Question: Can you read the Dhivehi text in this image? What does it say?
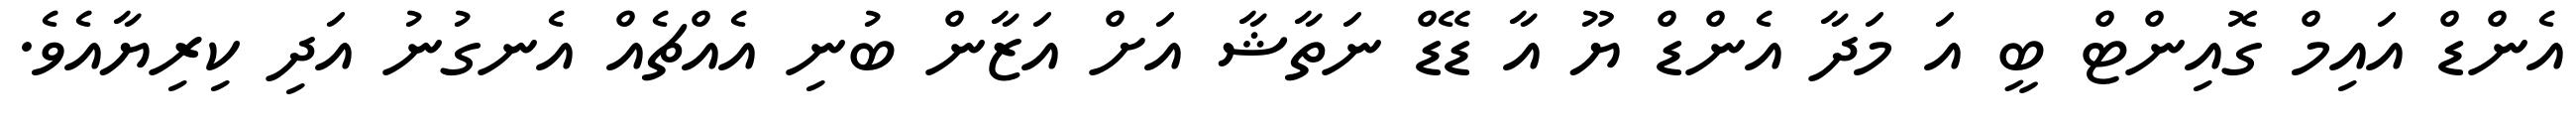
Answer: އެންޑް އައިމް ގޮއިންޓް ބީ އަ މަދާ އެންޑް ޔޫ އާ ޑޭޑް ނަތާޝާ އަށް އަޒާން ބުނި އެއްޗެއް އެނގުނު އަދި ކިރިޔާއެވެ.